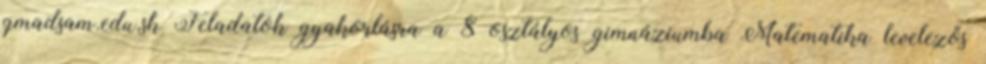
gmadsam.edu.sk Feladatok gyakorlásra a 8 osztályos gimnáziumba Matematika levelezős